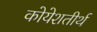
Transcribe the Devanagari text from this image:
कोयेशतीर्थ